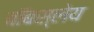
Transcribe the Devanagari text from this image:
बॉबस्लेय